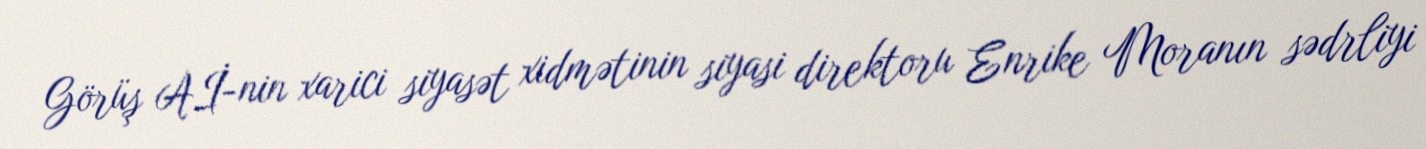
Görüş Aİ-nin xarici siyasət xidmətinin siyasi direktoru Enrike Moranın sədrliyi